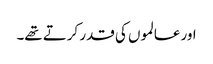
اور عالموں کی قدر کرتے تھے۔